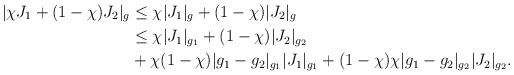
LaTeX: \begin{align*} |\chi J_1 + (1-\chi)J_2|_{g} &\le \chi |J_1|_{g} + (1-\chi) |J_2|_{g}\\&\le \chi |J_1|_{g_1} + (1-\chi) |J_2|_{g_2}\\&+ \chi (1-\chi) |g_1 - g_2|_{g_1} |J_1|_{g_1} + (1-\chi) \chi |g_1 - g_2|_{g_2} |J_2 |_{g_2}. \end{align*}